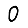
Digit: 0